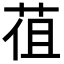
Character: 𦯣